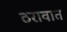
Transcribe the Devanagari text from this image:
ठरावात